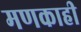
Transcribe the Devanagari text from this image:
मणकाही